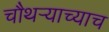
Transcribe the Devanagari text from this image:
चौथर्‍याच्याच